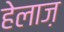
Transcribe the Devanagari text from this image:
हेलाज़